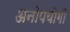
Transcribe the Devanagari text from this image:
अनोपयोगी